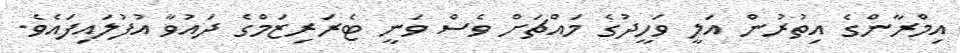
އިމްރާންގެ އިތުރުން އަލީ ވަހީދުގެ މައްޗަށް ވެސް ވަނީ ޓެރަރިޒަމްގެ ދައުވާ އުފުލައިފައެވެ.